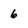
Character: 6